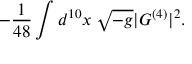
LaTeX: - \frac { 1 } { 4 8 } \int d ^ { 1 0 } x \; \sqrt { - g } | G ^ { ( 4 ) } | ^ { 2 } .